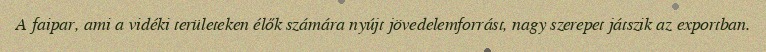
A faipar, ami a vidéki területeken élők számára nyújt jövedelemforrást, nagy szerepet játszik az exportban.